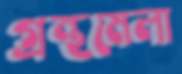
গ্রন্থমেলা